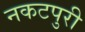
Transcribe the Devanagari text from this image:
नकटपुरी